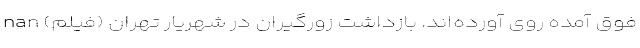
فوق آمده روی آورده‌اند. بازداشت زورگیران در شهریار تهران (فیلم) nan